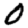
Digit: 0